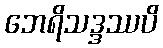
ဘေရိသဒ္ဒဿပိ